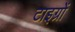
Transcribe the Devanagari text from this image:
टाइग्रों